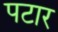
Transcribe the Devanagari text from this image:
पटार